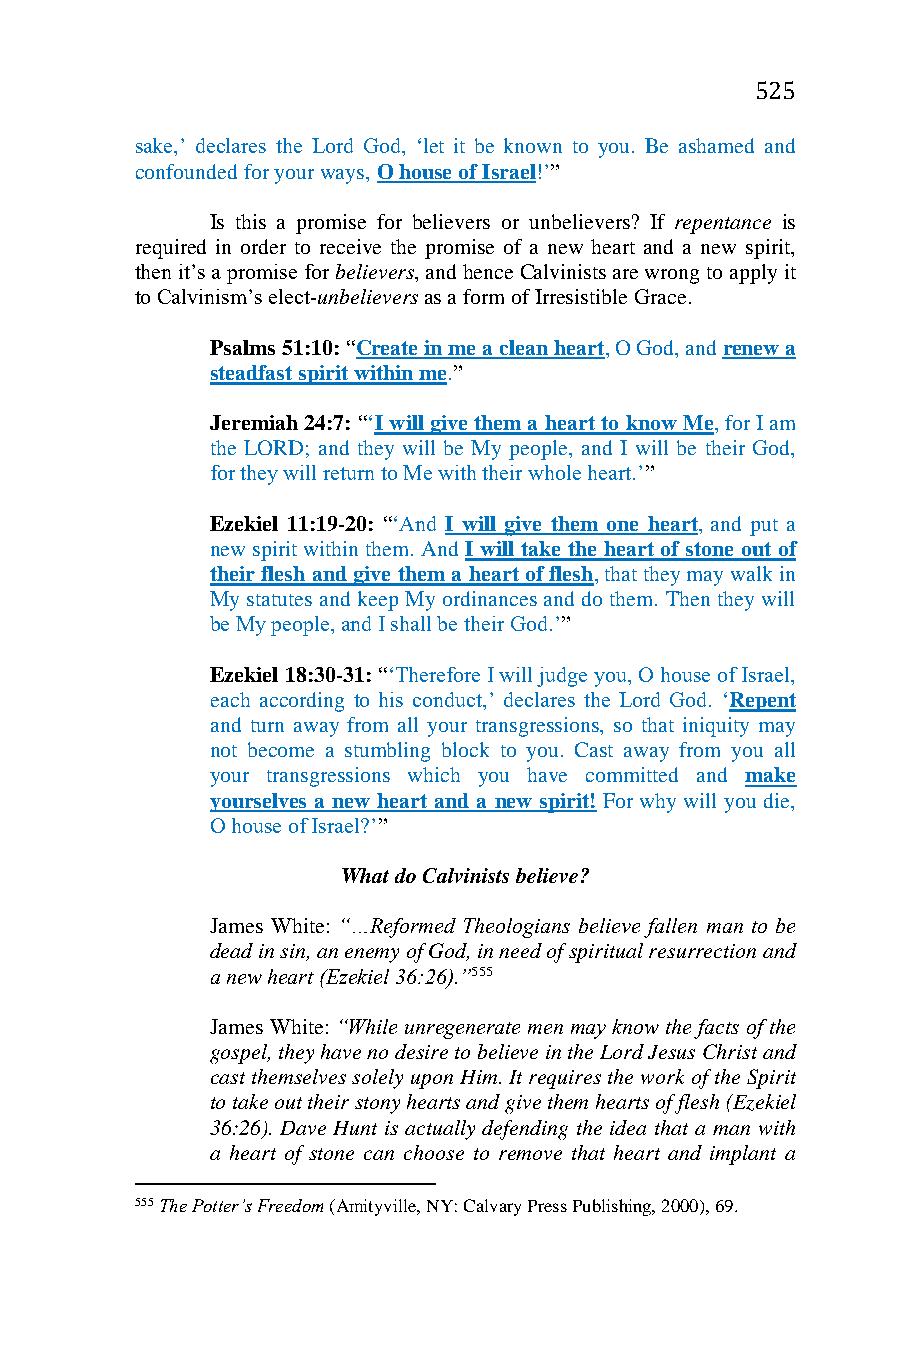
525
 sake,’ declares the Lord God, ‘let it be known to you. Be ashamed and
 confounded for your ways, O house of Israel!’”
 Is this a promise for believers or unbelievers? If repentance is
 required in order to receive the promise of a new heart and a new spirit,
 then it’s a promise for believers, and hence Calvinists are wrong to apply it
 to Calvinism’s elect-unbelievers as a form of Irresistible Grace.
 Psalms 51:10: “Create in me a clean heart, O God, and renew a
 steadfast spirit within me.”
 Jeremiah 24:7: “‘I will give them a heart to know Me, for I am
 the LORD; and they will be My people, and I will be their God,
 for they will return to Me with their whole heart.’”
 Ezekiel 11:19-20: “‘And I will give them one heart, and put a
 new spirit within them. And I will take the heart of stone out of
 their flesh and give them a heart of flesh, that they may walk in
 My statutes and keep My ordinances and do them. Then they will
 be My people, and I shall be their God.’”
 Ezekiel 18:30-31: “‘Therefore I will judge you, O house of Israel,
 each according to his conduct,’ declares the Lord God. ‘Repent
 and turn away from all your transgressions, so that iniquity may
 not become a stumbling block to you. Cast away from you all
 your transgressions which you have committed and make
 yourselves a new heart and a new spirit! For why will you die,
 O house of Israel?’”
 What do Calvinists believe?
 James White: “…Reformed Theologians believe fallen man to be
 dead in sin, an enemy of God, in need of spiritual resurrection and
 a new heart (Ezekiel 36:26).”555
 James White: “While unregenerate men may know the facts of the
 gospel, they have no desire to believe in the Lord Jesus Christ and
 cast themselves solely upon Him. It requires the work of the Spirit
 to take out their stony hearts and give them hearts of flesh (Ezekiel
 36:26). Dave Hunt is actually defending the idea that a man with
 a heart of stone can choose to remove that heart and implant a
 555 The Potter’s Freedom (Amityville, NY: Calvary Press Publishing, 2000), 69.